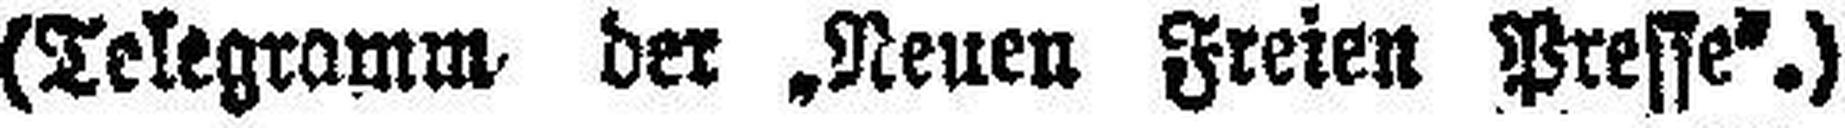
(Telegramm der „Neuen Freien Presse“.)